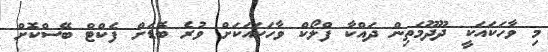
މި ވާހަކައަކީ ދޫދޫމަތިން ދައްކާ ފްލޯކް ވާހަކައަކަށް ވުރެ ބޮޑަށް ފެކްޓް ބޭސްކޮށް